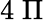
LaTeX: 4\; \Pi